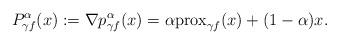
LaTeX: \begin{align*}P_{\gamma f}^{\alpha}(x):=\nabla p_{\gamma f}^{\alpha}(x)=\alpha{\rm{prox}}_{\gamma f}(x)+(1-\alpha)x.\end{align*}